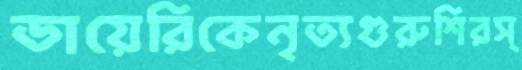
ডায়েরিকেনৃত্যগুরুশিরস্